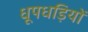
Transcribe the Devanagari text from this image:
धूपधड़ियों